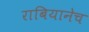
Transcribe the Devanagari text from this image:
राबियानेच